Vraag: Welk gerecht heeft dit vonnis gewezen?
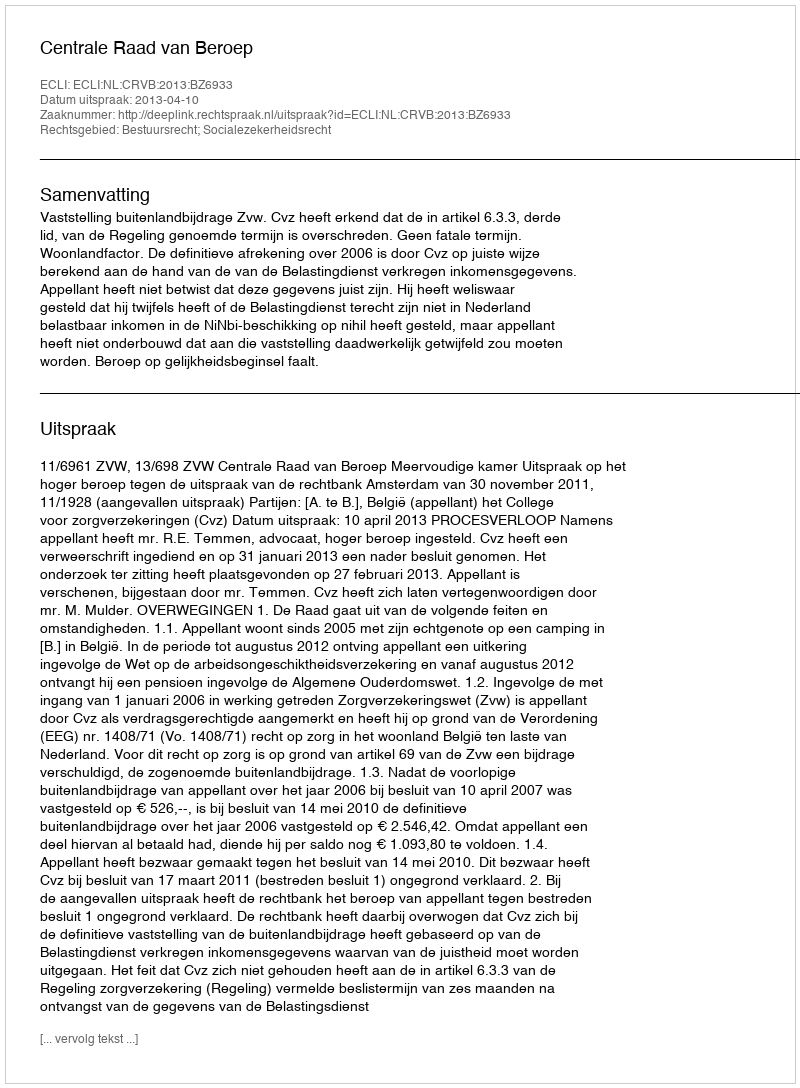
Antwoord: Centrale Raad van Beroep